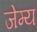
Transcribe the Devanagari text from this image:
जेम्य